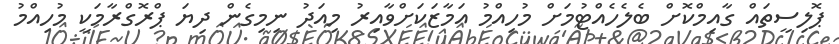
ޕޮލިސީތައް ގާއިމްކޮށް ބެލެހެއްޓުމަށް މުހިއްމު އަމާޒަކަށްވާއިރު މިއަދު ނިމިގެން ދިޔަ ޕްރޮގްރާމަކީ މުހިއްމު